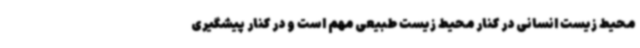
محیط زیست انسانی در کنار محیط زیست طبیعی مهم است و در کنار پیشگیری